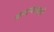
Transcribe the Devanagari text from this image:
प्रतापलक्ष्मी